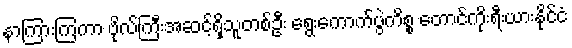
နာကြားကြကာ ဗိုလ်ကြီးအဆင့်ရှိသူတစ်ဦး ရွေးကောက်ပွဲကိစ္စ တောင်ကိုးရီးယားနိုင်ငံ